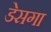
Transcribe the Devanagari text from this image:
डेसगा